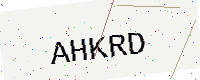
Text: AHKRD